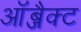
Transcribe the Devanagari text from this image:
ऑब्जैक्ट